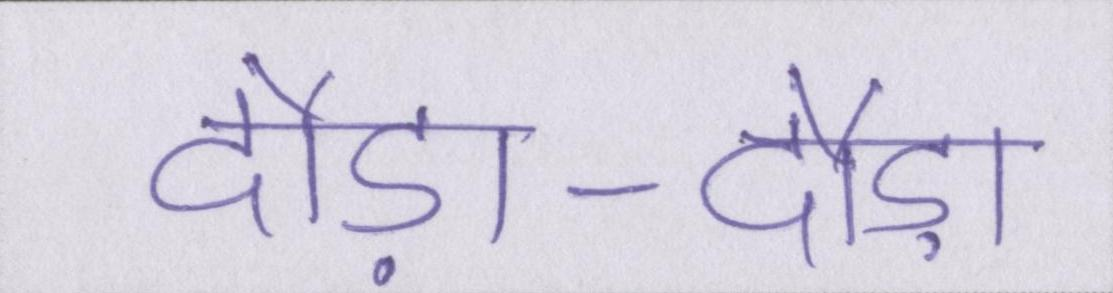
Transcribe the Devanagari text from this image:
दौड़ा-दौड़ा